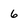
Character: 6